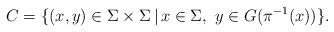
LaTeX: \begin{align*}C=\{(x,y)\in\Sigma\times\Sigma\,|\, x\in\Sigma,\,\, y\in G(\pi^{-1}(x))\}.\end{align*}